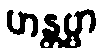
ဟန္တဗ္ဗာ